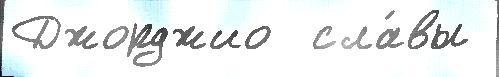
Джорджио  сла́вы